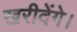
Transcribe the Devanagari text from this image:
खरीदेंगे।